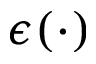
\epsilon ( \cdot )